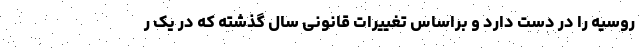
روسیه را در دست دارد و براساس تغییرات قانونی سال گذشته که در یک ر